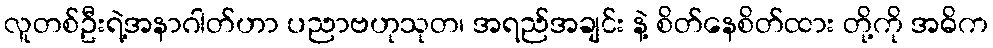
လူတစ်ဦးရဲ့အနာဂါတ်ဟာ ပညာဗဟုသုတ၊ အရည်အချင်း နဲ့ စိတ်နေစိတ်ထား တို့ကို အဓိက